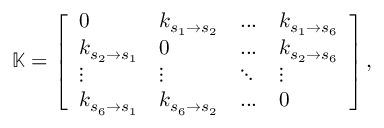
\mathbb { K } = \left[ \begin{array} { l l l l } { 0 } & { k _ { s _ { 1 } \rightarrow s _ { 2 } } } & { . . . } & { k _ { s _ { 1 } \rightarrow s _ { 6 } } } \\ { k _ { s _ { 2 } \rightarrow s _ { 1 } } } & { 0 } & { . . . } & { k _ { s _ { 2 } \rightarrow s _ { 6 } } } \\ { \vdots } & { \vdots } & { \ddots } & { \vdots } \\ { k _ { s _ { 6 } \rightarrow s _ { 1 } } } & { k _ { s _ { 6 } \rightarrow s _ { 2 } } } & { . . . } & { 0 } \end{array} \right] ,